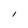
Character: I